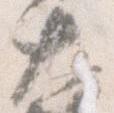
大